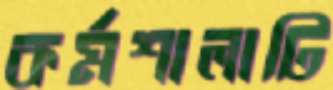
কর্মশালাটি